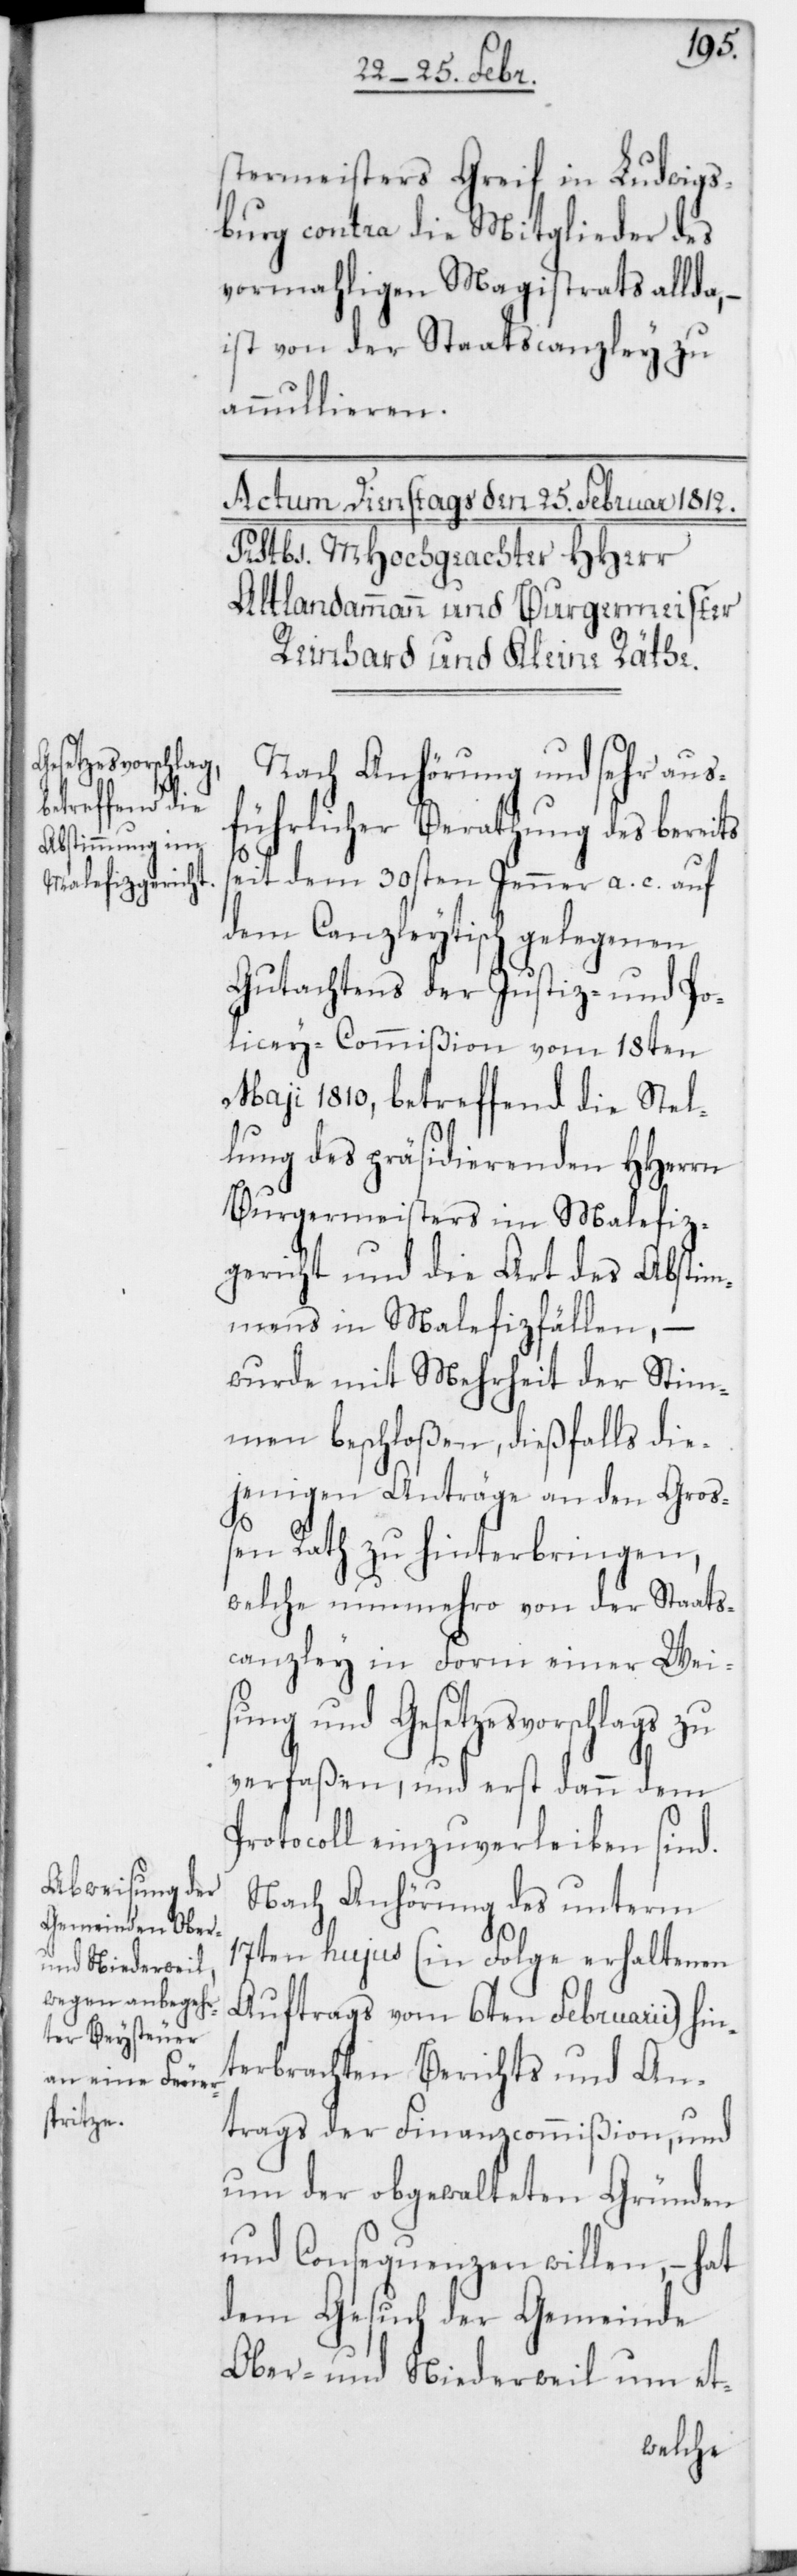
stermeisters Greif in Ludwigs¬
burg contra die Mitglieder des
vormahligen Magistrats allda,
ist von der Staatscanzley zu
annullieren.
Nach Anhörung und sehr aus¬
führlicher Berathung des bereits
seit dem 30sten Jenner a. c. auf
dem Canzleytisch gelegenen
Gutachtens der Justiz- und Po¬
lizey-Commißion vom 18ten
Maji 1810, betreffend die Stel¬
lung des präsidierenden HHerrn
Burgermeisters im Malefiz¬
gericht und die Art des Abstim¬
mens in Malefizfällen, –
wurde mit Mehrheit der Stim¬
men beschloßen, dießfalls die¬
jenigen Anträge an den Groß¬
en Rath zu hinterbringen,
welche nunmehro von der Staats¬
canzley in Form einer Weis¬
ung und Gesetzesvorschlags zu
verfaßen, und erst dann dem
Protocoll einzuverleiben sind.
Nach Anhörung des unterm
17ten hujus (in Folge erhaltenen
Auftrags vom 6ten Februarii) hin¬
terbrachten Berichts und An¬
trags der Finanzcommißion, und
um der obgewalteten Gründen
und Consequenzen willen, – hat
dem Gesuch der Gemeinde
Ober- und Niederweil um et-